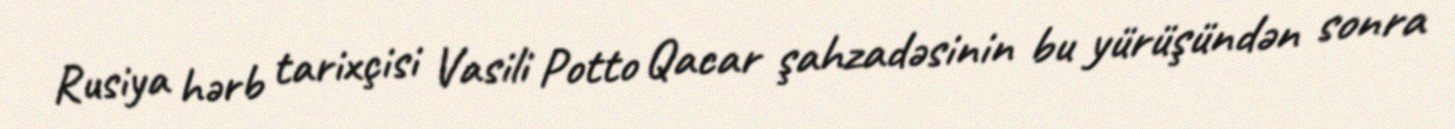
Rusiya hərb tarixçisi Vasili Potto Qacar şahzadəsinin bu yürüşündən sonra